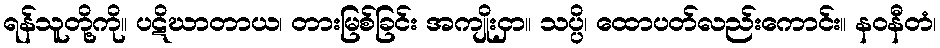
ရန်သူတို့ကို။ ပဋိဃာတာယ၊ တားမြစ်ခြင်း အကျိုးငှာ။ သပ္ပိ၊ ထောပတ်လည်းကောင်း။ နဝနီတံ၊